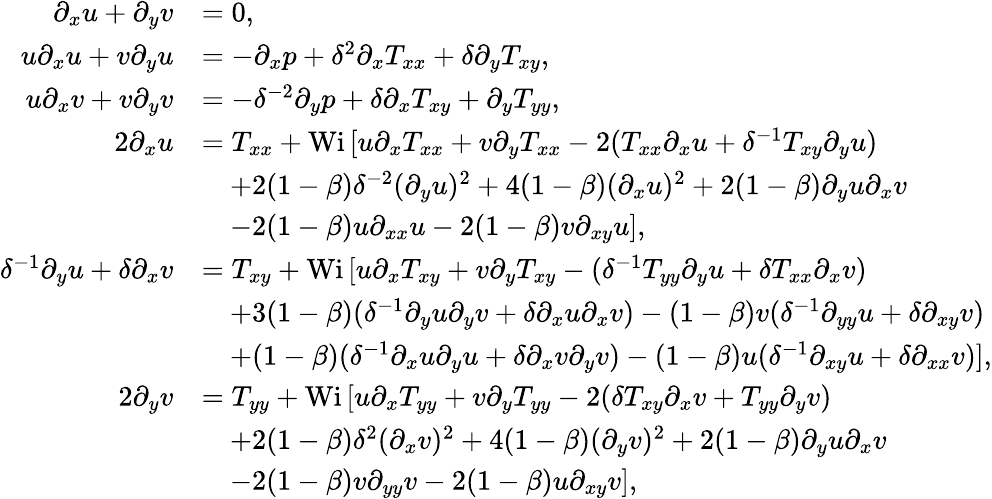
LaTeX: \begin{array}{rl}{\partial_{x}u+\partial_{y}v}&{=0,}\\ {u\partial_{x}u+v\partial_{y}u}&{=-\partial_{x}p+\delta^{2}\partial_{x}T_{xx}+\delta\partial_{y}T_{xy},}\\ {u\partial_{x}v+v\partial_{y}v}&{=-\delta^{-2}\partial_{y}p+\delta\partial_{x}T_{xy}+\partial_{y}T_{yy},}\\ {2\partial_{x}u}&{=T_{xx}+\textrm{Wi}\, [u\partial_{x}T_{xx}+v\partial_{y}T_{xx}-2(T_{xx}\partial_{x}u+\delta^{-1}T_{xy}\partial_{y}u)}\\ &{\quad+2(1-\beta)\delta^{-2}(\partial_{y}u)^{2}+4(1-\beta)(\partial_{x}u)^{2}+2(1-\beta)\partial_{y}u\partial_{x}v}\\ &{\quad-2(1-\beta)u\partial_{xx}u-2(1-\beta)v\partial_{xy}u],}\\ {\delta^{-1}\partial_{y}u+\delta\partial_{x}v}&{=T_{xy}+\textrm{Wi}\, [u\partial_{x}T_{xy}+v\partial_{y}T_{xy}-(\delta^{-1}T_{yy}\partial_{y}u+\delta T_{xx}\partial_{x}v)}\\ &{\quad+3(1-\beta)(\delta^{-1}\partial_{y}u\partial_{y}v+\delta\partial_{x}u\partial_{x}v)-(1-\beta)v(\delta^{-1}\partial_{yy}u+\delta\partial_{xy}v)}\\ &{\quad+(1-\beta)(\delta^{-1}\partial_{x}u\partial_{y}u+\delta\partial_{x}v\partial_{y}v)-(1-\beta)u(\delta^{-1}\partial_{xy}u+\delta\partial_{xx}v)],}\\ {2\partial_{y}v}&{=T_{yy}+\textrm{Wi}\, [u\partial_{x}T_{yy}+v\partial_{y}T_{yy}-2(\delta T_{xy}\partial_{x}v+T_{yy}\partial_{y}v)}\\ &{\quad+2(1-\beta)\delta^{2}(\partial_{x}v)^{2}+4(1-\beta)(\partial_{y}v)^{2}+2(1-\beta)\partial_{y}u\partial_{x}v}\\ &{\quad-2(1-\beta)v\partial_{yy}v-2(1-\beta)u\partial_{xy}v],}\end{array}